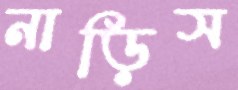
নাড়িস